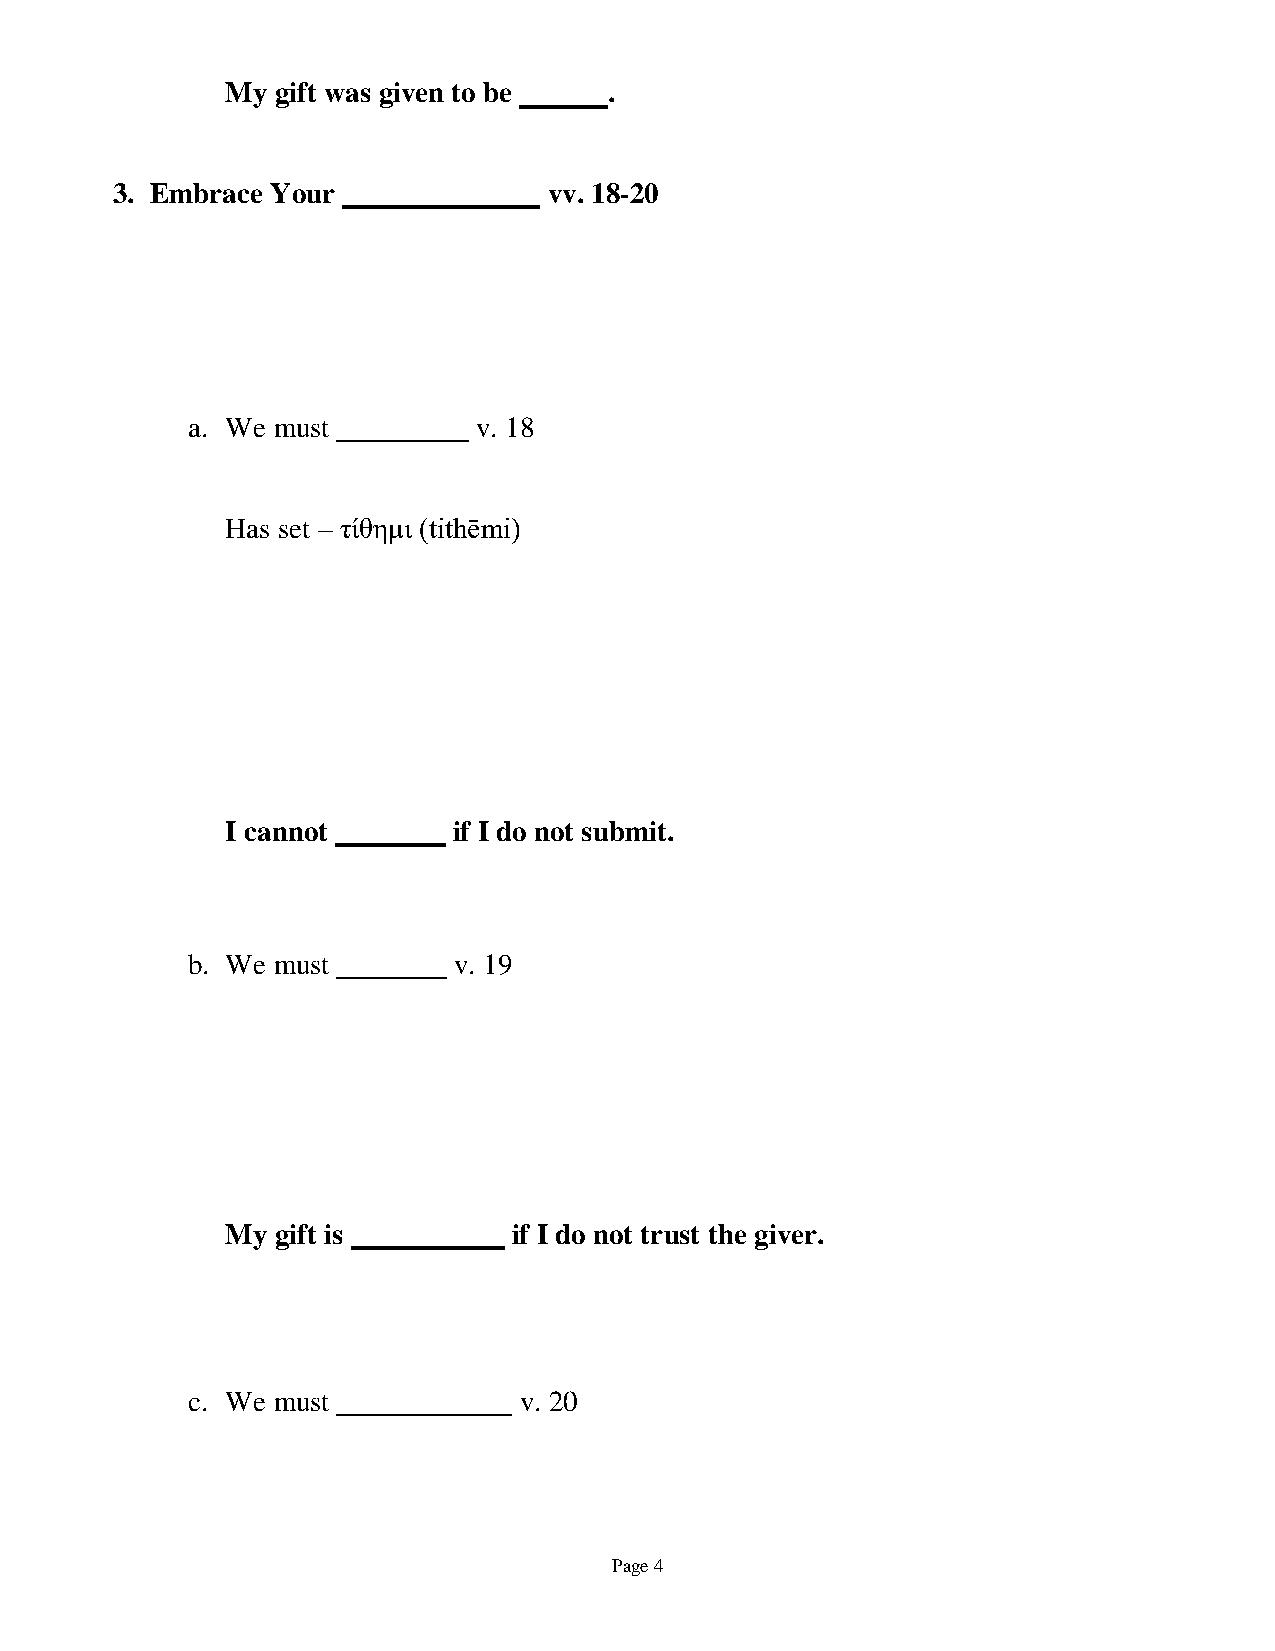
My gift was given to be  .
 3. Embrace Your              vv. 18-20
 a. We must          v. 18
 Has set – τίθημι (tithēmi)
 I cannot       if I do not submit.
 b. We must        v. 19
 My gift is         if I do not trust the giver.
 c. We must            v. 20
 Page 4